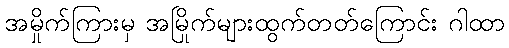
အမှိုက်ကြားမှ အမြိုက်များထွက်တတ်ကြောင်း ဂါထာ